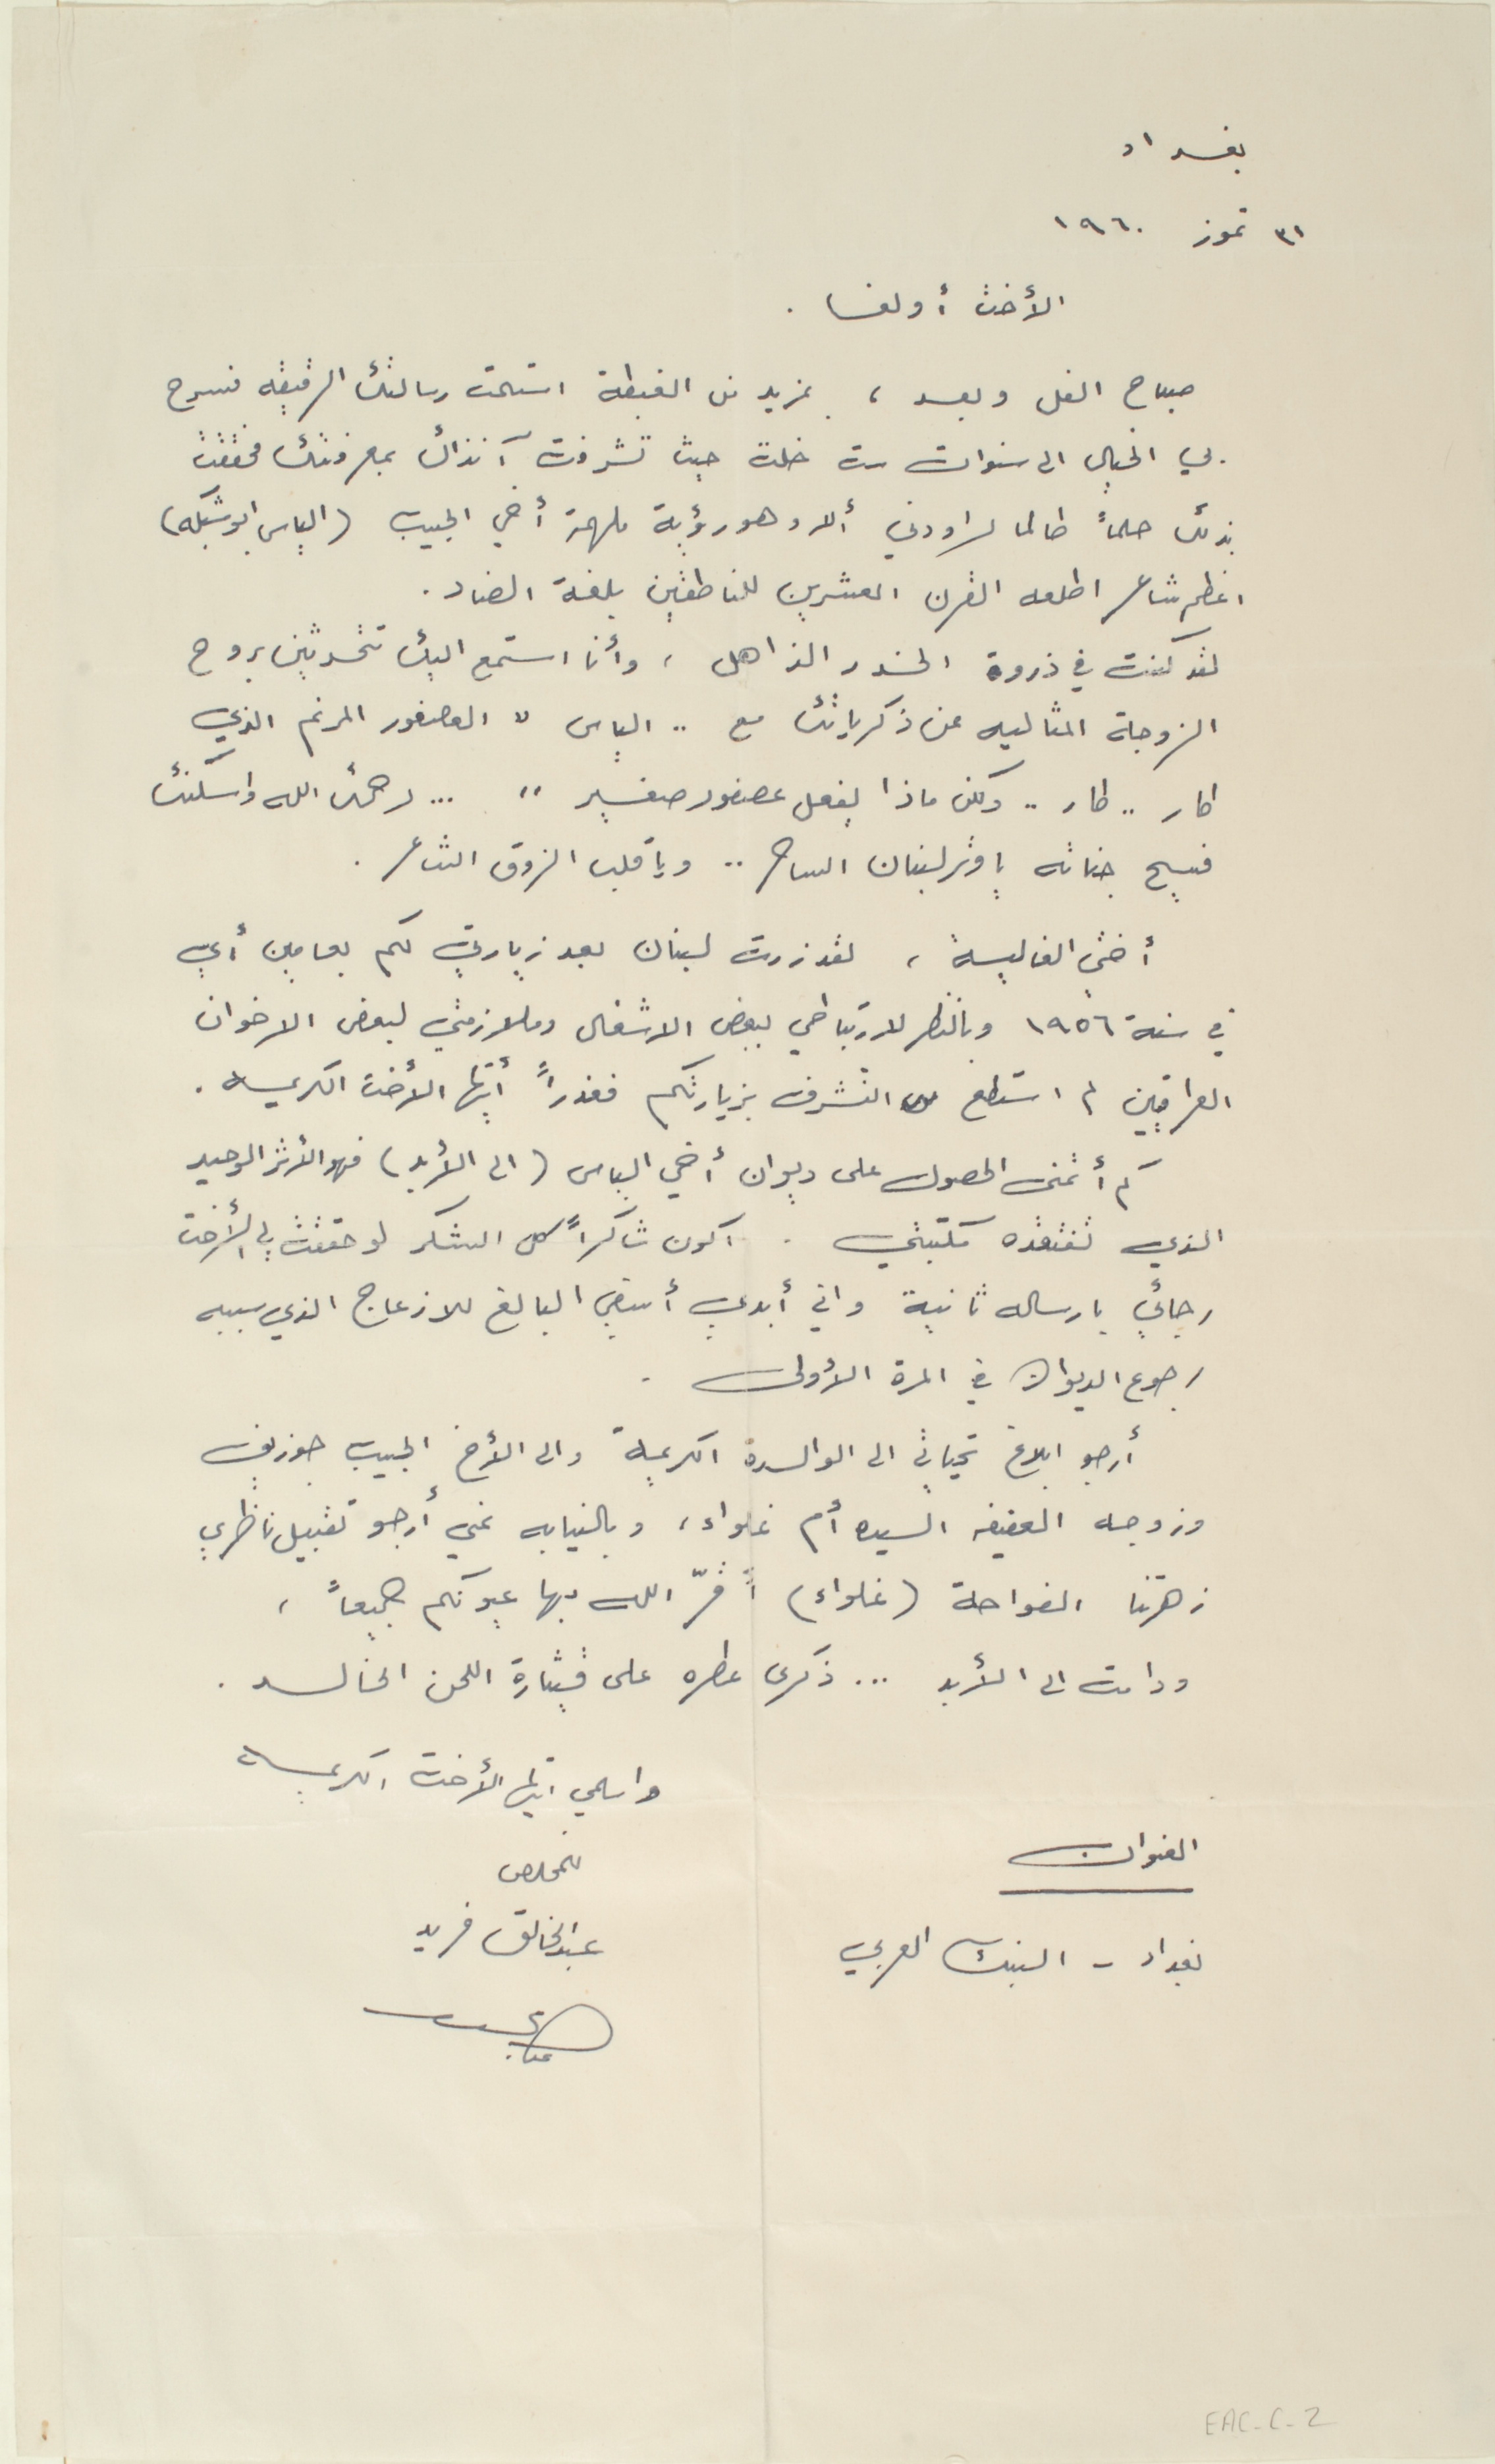
بغداد
٣١ تموز ١٩٦٠
الأخت أولغا .
صباح الفل وبعد ، بمزيد من الغبطة استلمت رسالتك الرقيقه فسرح
بي الخيال الى سنوات ست خلت حيث تشرفت آنذاك بمعرفتك فحققت
بذلك حلماً طالما راودني ألا وهو رؤية ملهمة أخي الحبيب (الياس ابو شبكه)
اعظم شاعر اطلعه القرن العشرين للناطقين بلغة الضاد.
لقد كنت في ذروة الخدر الذاهل، وأنا استمع اليك تتحدثين بروح
الزوجة المثاليه عن ذكرياتك مع .. الياس "العصفور المرنم الذي
طار .. طار .. ولكن ماذا يفعل عصفور صغير " ... رحمت الله واسكنت
فسيح جناته يا وتر لبنان الساحر . . ويا قلب الزوق الشاعر.
أختي الغالية، لقد زرتَ لبنان بعد زيارتي لكم بعامين أي
في سنة ١٩٥٦ وبالنظر لارتباطي ببعض الاشغال وملازمتي لبعض الاخوان
العراقيين لم استطع التشرف بزيارتكم فعذراً أيتها الأخت الكريمه.
كم أتمنى الحصول على ديوان أخي الياس (الى الأبد) فهو الأثر الوحيد
الذي تفتقده مكتبتي. اكون شاكراً كل الشكر لو حققت لي الأخت
رجائي بارساله ثانية واني أبدي أسفي البالغ للازعاج الذي سببه
رجوع الديوان في المرة الأولى .
أرجو ابلاغ تحياتي الى الوالدة الكريمة والى الأخ الحبيب جوزيف
وزوجه العفيفه السيده أم غلواء، وبالنيابه عني أرجو تقبيل ناظري
زهرتنا الفواحة (غلواء) أقرّ الله بها عيونكم جميعاً،
ودامت الى الأبد ... ذكرى عطره على قيثارة اللحن الخالد .
واسلمي ايتها الأخت الكريمه
العنوان
للمخلص عبد الخالق فريد
بغداد - البنك العربي